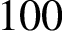
1 0 0